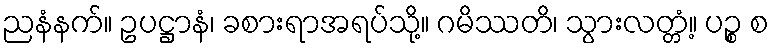
ညနံနက်။ ဥပဋ္ဌာနံ၊ ခစားရာအရပ်သို့။ ဂမိဿတိ၊ သွားလတ္တံ့။ ပဉ္စ စ